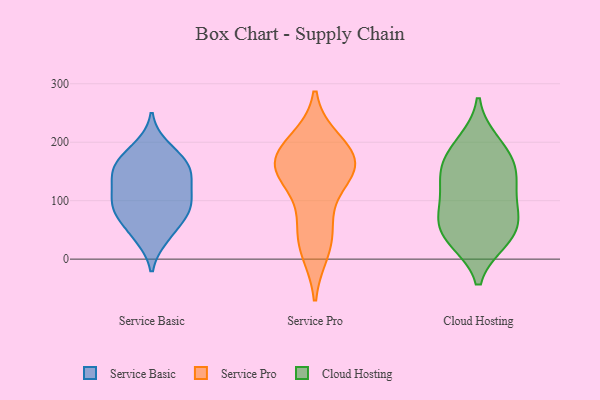
{"axis": {"x": "Page Views", "y": "Value"}, "legend": ["Cloud Hosting", "Service Basic", "Service Pro"], "data": [{"x": "", "y": 41, "type": "Service Basic"}, {"x": "", "y": 106, "type": "Service Basic"}, {"x": "", "y": 101, "type": "Service Basic"}, {"x": "", "y": 140, "type": "Service Basic"}, {"x": "", "y": 192, "type": "Service Basic"}, {"x": "", "y": 37, "type": "Service Basic"}, {"x": "", "y": 84, "type": "Service Basic"}, {"x": "", "y": 78, "type": "Service Basic"}, {"x": "", "y": 159, "type": "Service Basic"}, {"x": "", "y": 119, "type": "Service Basic"}, {"x": "", "y": 71, "type": "Service Basic"}, {"x": "", "y": 157, "type": "Service Basic"}, {"x": "", "y": 146, "type": "Service Basic"}, {"x": "", "y": 181, "type": "Service Basic"}, {"x": "", "y": 155, "type": "Service Basic"}, {"x": "", "y": 89, "type": "Service Basic"}, {"x": "", "y": 169, "type": "Service Pro"}, {"x": "", "y": 147, "type": "Service Pro"}, {"x": "", "y": 70, "type": "Service Pro"}, {"x": "", "y": 200, "type": "Service Pro"}, {"x": "", "y": 153, "type": "Service Pro"}, {"x": "", "y": 148, "type": "Service Pro"}, {"x": "", "y": 16, "type": "Service Pro"}, {"x": "", "y": 34, "type": "Service Pro"}, {"x": "", "y": 189, "type": "Service Pro"}, {"x": "", "y": 161, "type": "Service Pro"}, {"x": "", "y": 81, "type": "Cloud Hosting"}, {"x": "", "y": 33, "type": "Cloud Hosting"}, {"x": "", "y": 152, "type": "Cloud Hosting"}, {"x": "", "y": 159, "type": "Cloud Hosting"}, {"x": "", "y": 127, "type": "Cloud Hosting"}, {"x": "", "y": 69, "type": "Cloud Hosting"}, {"x": "", "y": 82, "type": "Cloud Hosting"}, {"x": "", "y": 135, "type": "Cloud Hosting"}, {"x": "", "y": 36, "type": "Cloud Hosting"}, {"x": "", "y": 40, "type": "Cloud Hosting"}, {"x": "", "y": 187, "type": "Cloud Hosting"}, {"x": "", "y": 199, "type": "Cloud Hosting"}]}